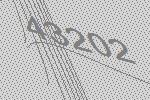
43202